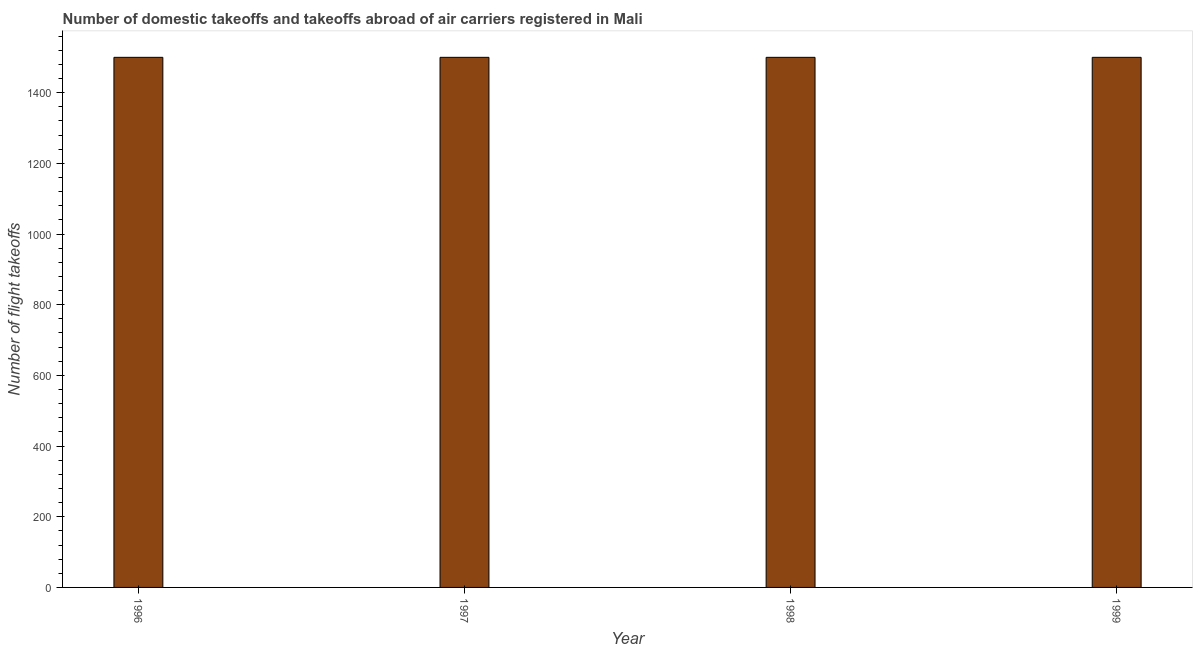
| Year | Air transport |
 | --- | --- |
 | 1996 | 1.5e+03 |
 | 1997 | 1.5e+03 |
 | 1998 | 1.5e+03 |
 | 1999 | 1.5e+03 |